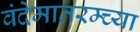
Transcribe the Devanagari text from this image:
वंदेमातरम्च्या